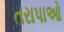
તરાપાઓ